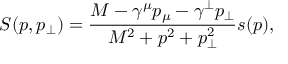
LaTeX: S ( p , p _ { \perp } ) = \frac { M - \gamma ^ { \mu } p _ { \mu } - \gamma ^ { \perp } p _ { \perp } } { M ^ { 2 } + p ^ { 2 } + p _ { \perp } ^ { 2 } } s ( p ) ,